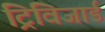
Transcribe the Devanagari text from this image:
ट्रिविजार्ड